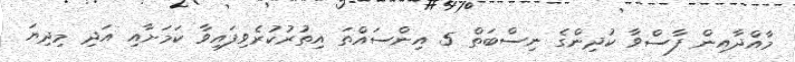
މާއްދާއިން ފާސްވާ ކުދިންގެ ނިސްބަތް 5 އިންސައްތަ އިތުރުކުރެވިފައިވާ ކަމަށާއި އަދި މިދިޔަ